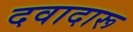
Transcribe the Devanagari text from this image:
दवादारू